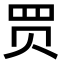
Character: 𧹒